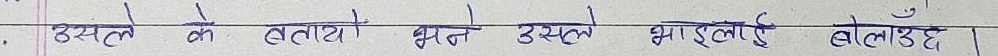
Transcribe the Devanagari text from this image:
उसले के बतायो भने उसले भाइलाई बोलाउँछ